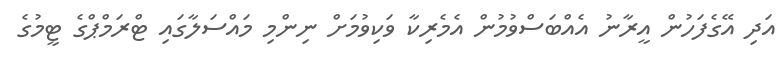
އަދި އޭގެފަހުން އީރާނު އެއްބަސްވުމުން އެމެރިކާ ވަކިވުމަށް ނިންމި މައްސަލާގައި ޓްރަމްޕްގެ ޓީމުގެ